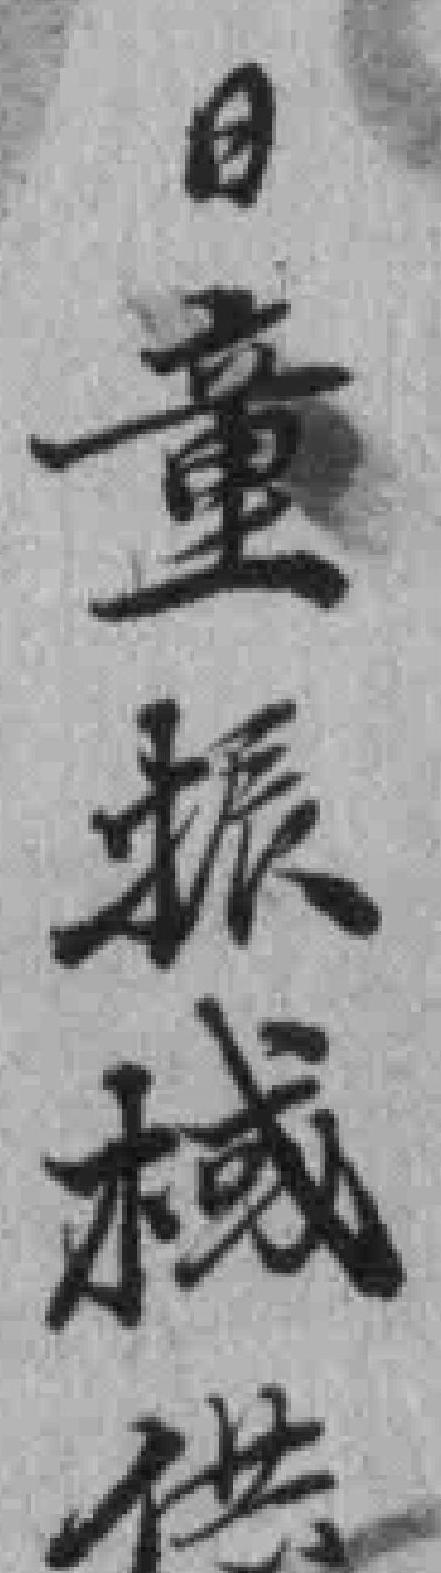
日童振棫供